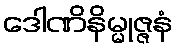
ဒေါဏိနိမ္မုဇ္ဇနံ